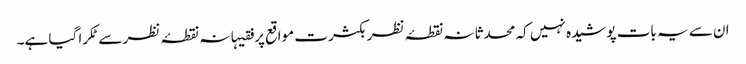
ان سے یہ بات پوشیدہ نہیں کہ محدثانہ نقطۂ نظر بکثرت مواقع پر فقیہانہ نقطۂ نظر سےٹکرا گیا ہے۔